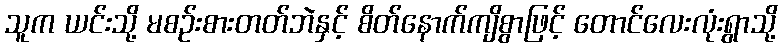
သူက ယင်းသို့ မစဉ်းစားတတ်ဘဲနှင့် စိတ်နောက်ကျိစွာဖြင့် တောင်လေးလုံးရွာသို့